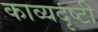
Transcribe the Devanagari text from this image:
काव्यदृष्टी